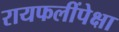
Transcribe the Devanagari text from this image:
रायफलींपेक्षा